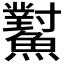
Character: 𩼸